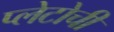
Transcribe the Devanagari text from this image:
प्लेटोची